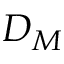
D _ { M }